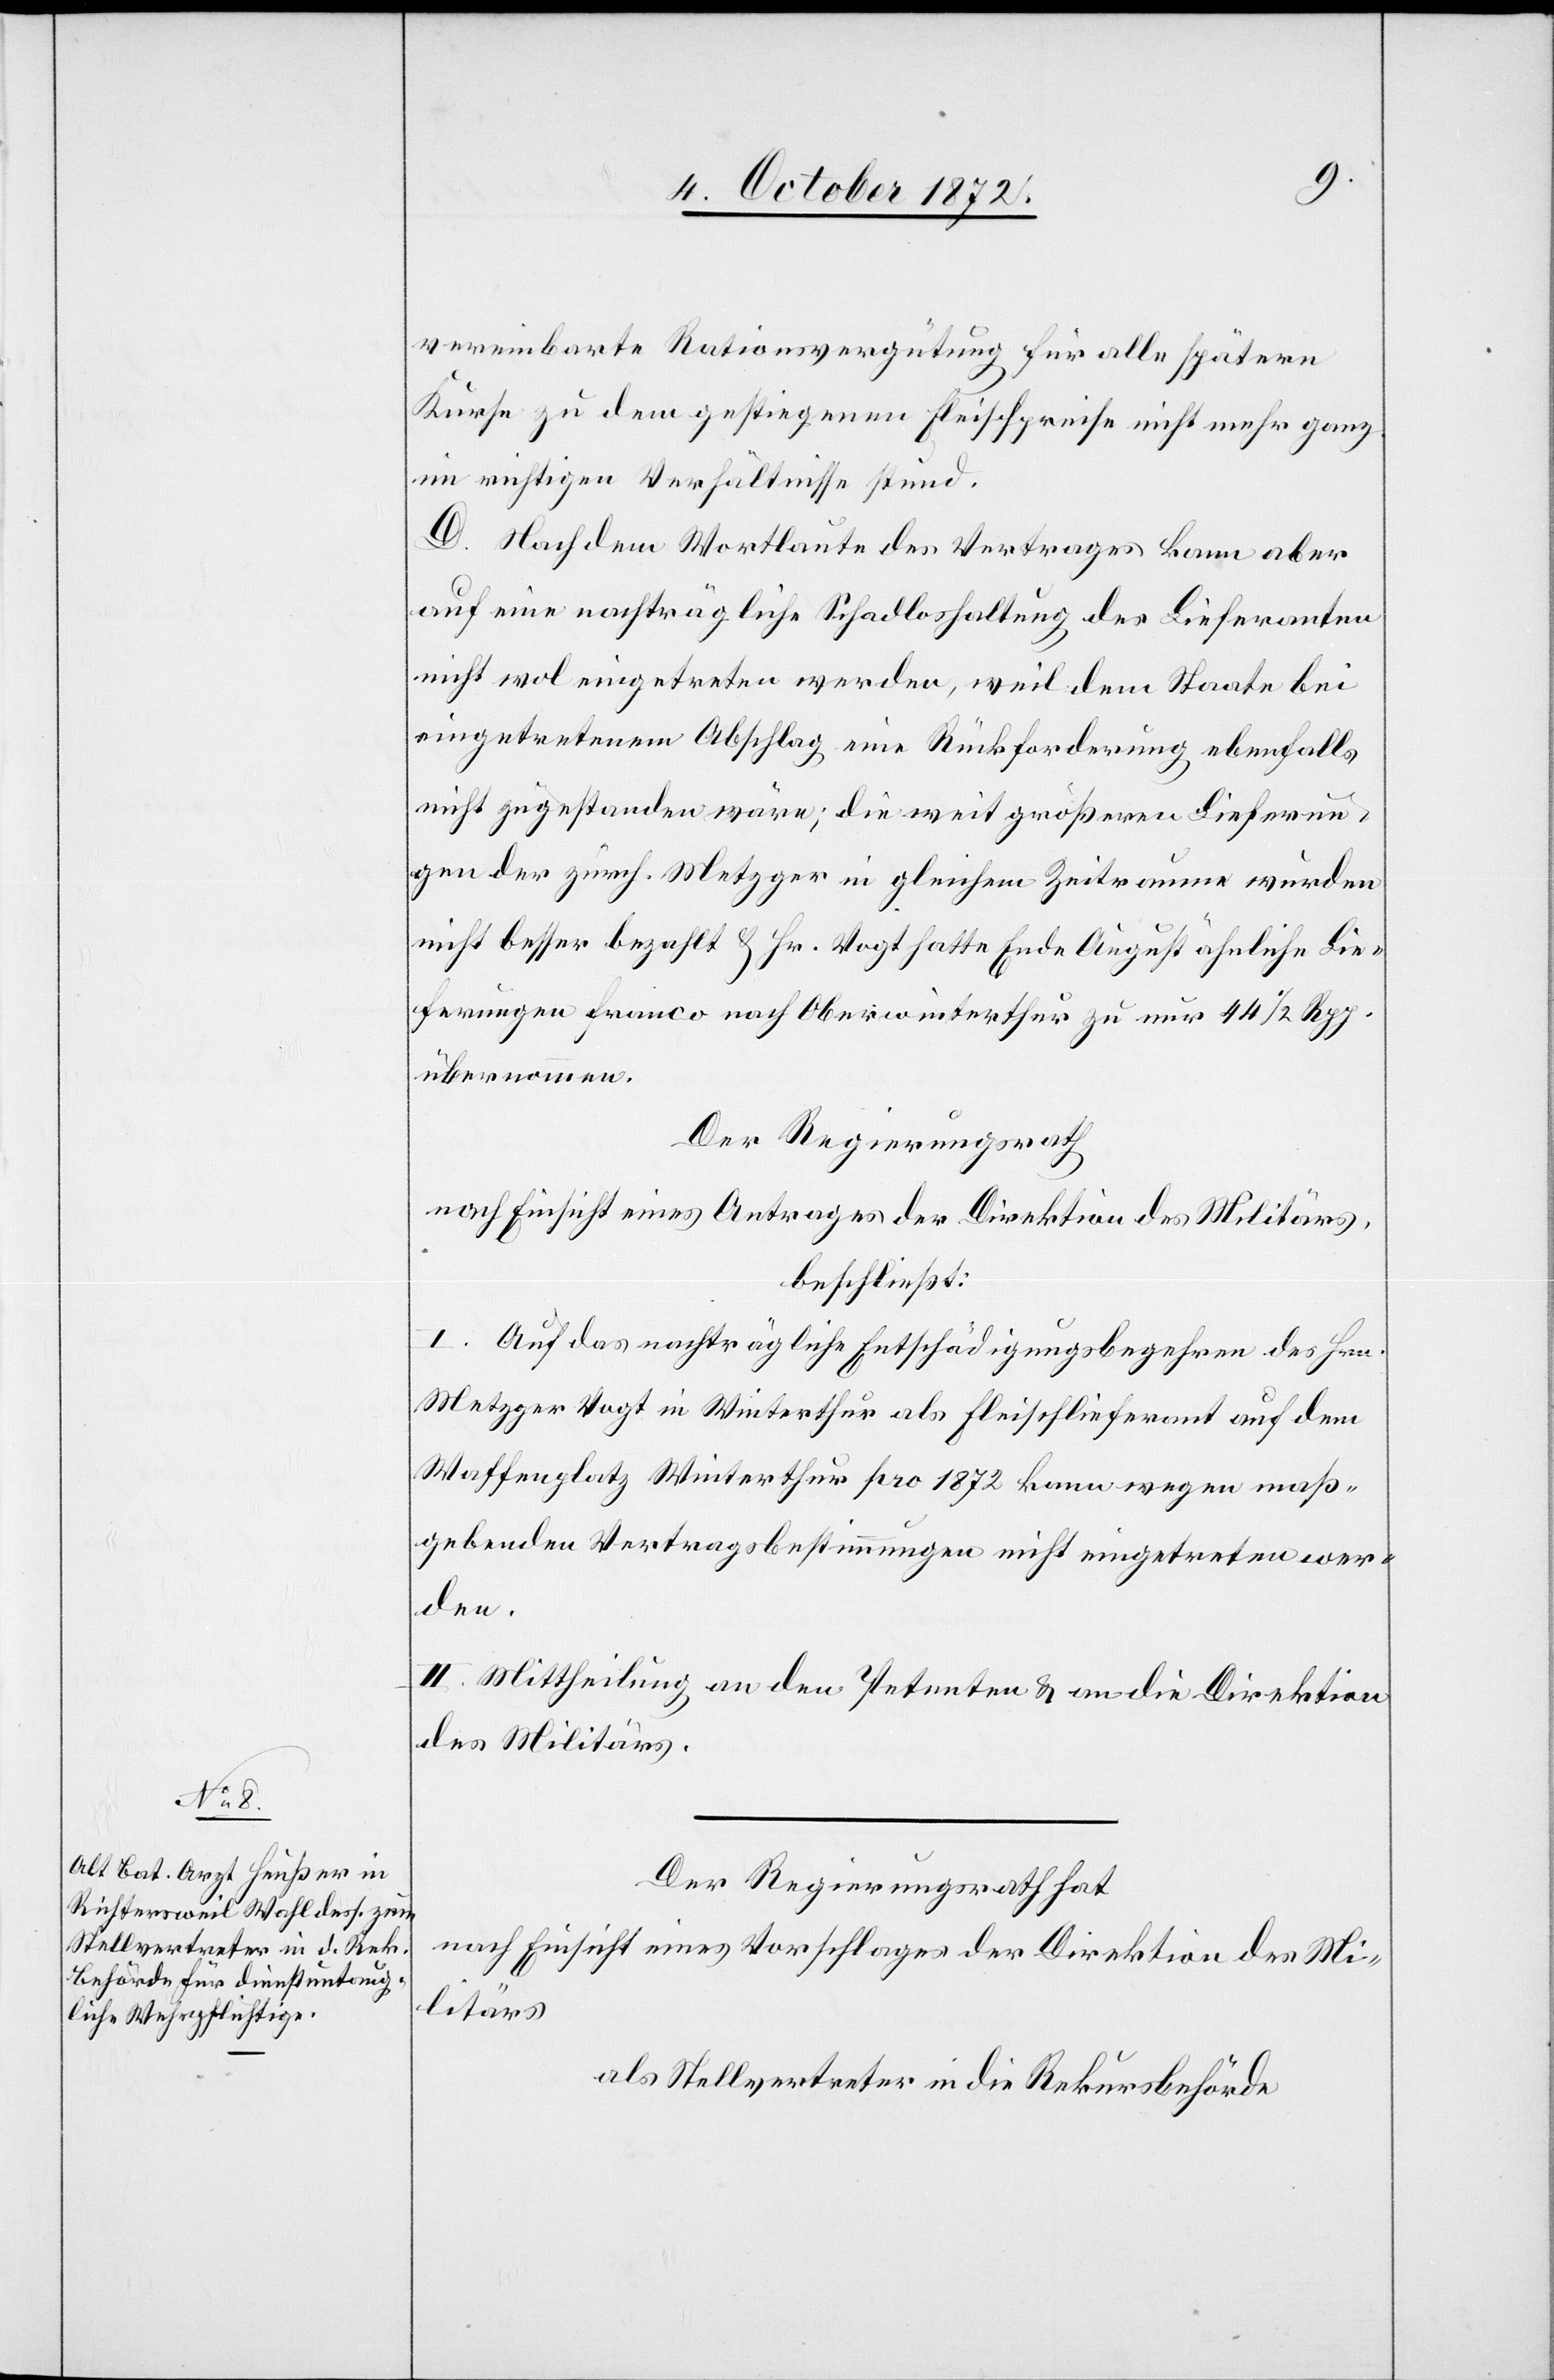
vereinbarte Rationsvergütung für alle spätern
Kurse zu dem gestiegenen Fleischpreise nicht mehr ganz
im richtigen Verhältnisse stund
D. Nach dem Wortlaute des Vertrages kann aber
auf eine nachträgliche Schadloshaltung des Lieferanten
nicht wol eingetreten werden, weil dem Staate bei
eingetretenem Abschlag eine Rückforderung ebenfalls
nicht zugestanden wäre; die weit größeren Lieferun¬
gen der zürch. Metzger in gleichem Zeitraume wurden
nicht besser bezahlt u. Hr. Vogt hatte Ende August ähnliche Lie¬
ferungen franco nach Oberwinterthur zu nur 44 1/2 Rpp.
übernommen.
Der Regierungsrath
nach Einsicht eines Antrages der Direktion des Militärs,
beschließt:
I. Auf das nachträgliche Entschädigungsbegehren des Hrn.
Metzger Vogt in Winterthur als Fleischlieferant auf dem
Waffenplatz Winterthur pro 1872 kann wegen maß¬
gebenden Vertragsbestimmungen nicht eingetreten wer¬
den.
II. Mittheilung an den Petenten u. an die Direktion
des Militärs.
Der Regierungsrath hat
nach Einsicht eines Vorschlages der Direktion des Mi¬
litärs
als Stellvertreter in die Rekursbehörde